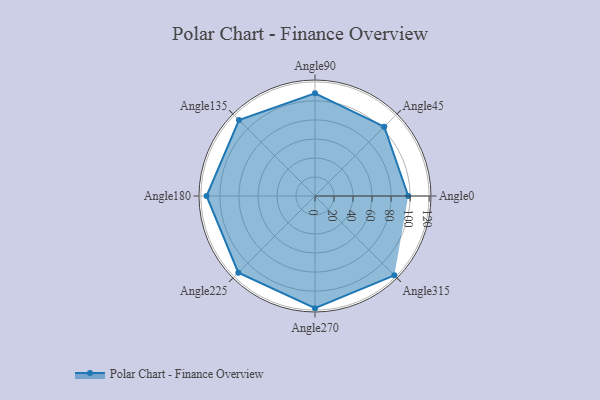
{"axis": {"x": "Angle", "y": "Radius"}, "legend": [""], "data": [{"x": "Angle0", "y": 98.0, "type": ""}, {"x": "Angle45", "y": 103.0, "type": ""}, {"x": "Angle90", "y": 108.0, "type": ""}, {"x": "Angle135", "y": 113.0, "type": ""}, {"x": "Angle180", "y": 114.0, "type": ""}, {"x": "Angle225", "y": 114.0, "type": ""}, {"x": "Angle270", "y": 118.0, "type": ""}, {"x": "Angle315", "y": 118.0, "type": ""}]}